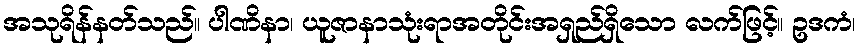
အသုရိန်နတ်သည်။ ပါဏိနာ၊ ယူဇာနာသုံးရာအတိုင်းအရှည်ရှိသော လက်ဖြင့်။ ဥဒကံ၊